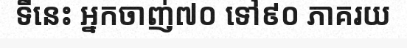
ទីនេះ អ្នកចាញ់៧០ ទៅ៩០ ភាគរយ